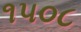
૧૫૦૮